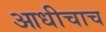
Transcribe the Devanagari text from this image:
आधीचाच